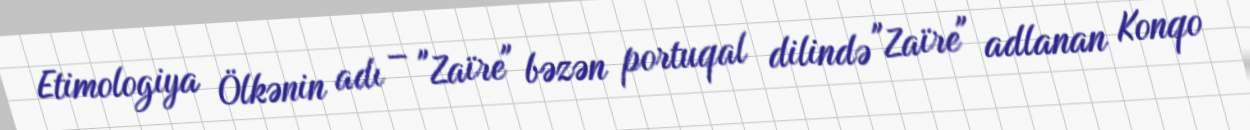
Etimologiya Ölkənin adı – "Zaïre" bəzən portuqal dilində "Zaïre" adlanan Konqo